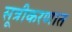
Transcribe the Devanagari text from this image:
सूत्रीकरणात